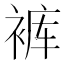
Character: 裤